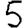
Digit: 5